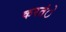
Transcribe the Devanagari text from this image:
करतंे